Report of the King Institute of Preventive Medicine, Guindy
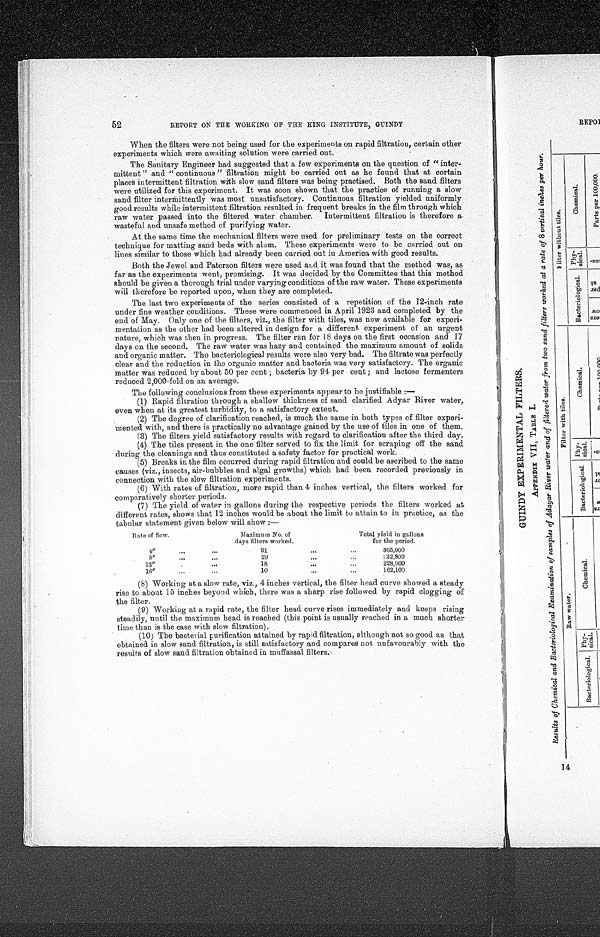
52
REPORT ON TEE WORKING OF THE KING INSTITUTE, GUINDY
When the filters were not being used for the experiments on rapid filtration, certain other
experiments which were awaiting solution were carried out.
The Sanitary Engineer had suggested that a few experiments on the question of "inter-
mittent " and " continuous " filtration might be carried out as he found that at certain
places intermittent filtration with slow sand filters was being practised. Both the sand filters
were utilized for this experiment. It was soon shown that the practice of running a slow
sand filter intermittently was most unsatisfactory. Continuous filtration yielded uniformly
good results while intermittent filtration resulted in frequent breaks in the film through which
raw water passed into the filtered water chamber. Intermittent filtration is therefore a
wasteful and unsafe method of purifying water.
At the same time the mechanical filters were used for preliminary tests on the correct
technique for matting sand beds with alum. These experiments were to be carried out on
lines similar to those which had already been carried out in America with good results.
Both the Jewel and Paterson filters were used and it was found that the method was, as
far as the experiments went, promising. It was decided by the Committee that this method
should be given a thorough trial under varying conditions of the raw water. These experiments
will therefore be reported upon, when they are completed.
The last two experiments of the series consisted of a repetition of the 12-inch rate
under fine weather conditions. These were commenced in April 1923 and completed by the
end of May. Only one of the filters, viz., the filter with tiles, was now available for experi-
mentation as the other had been altered in design for a different experiment of an urgent
nature, which was then in progress. The filter ran for 18 days on the first occasion and 17
days on the second. The raw water was hazy and contained the maximum amount of solids
and organic matter. Tho bacteriological results were also very bad. The filtrate was perfectly
clear and the reduction in the organic matter and bacteria was very satisfactory. The organic
matter was reduced by about 50 per cent ; bacteria by 94 per cent ; and lactose fermenters
reduced 2,000-fold on an average.
The following conclusions from these experiments appear to be justifiable :—
(1) Rapid filtration through a shallow thickness of sand clarified Adyar River water,
even when at its greatest turbidity, to a satisfactory extent.
(2) The degree of clarification reached, is much the same in both types of filter experi-
mented with, and there is practically no advantage gained by the use of tiles in one of them.
(3) The filters yield satisfactory results with regard to clarification after the third day.
(4) The tiles present in the one filter served to fix the limit for scraping off the sand
during the cleanings and thus constituted a safety factor for practical work.
(5) Breaks in the film occurred during rapid filtration and could be ascribed to the same
causes (viz., insects, air-bubbles and algal growths) which had been recorded previously in
connection with the slow filtration experiments.
(6) With rates of filtration, more rapid than 4 inches vertical, the filters worked for
comparatively shorter periods.
(7) The yield of water in gallons during the respective periods the filters worked at
different rates, shows that 12 inches would be about the limit to attain to in practice, as the
tabular statement given below will show :—
Rate of flow.
Maximum No. of
days filters worked.
Total yield in gallons
for the period.
4"
n se
..
91
•••
...
365,000
8"
... 6.0
29
..
...
232,800
12"
6
18
•••
...
228,000
16"
...
..
10
...
...
162,100
(8) Working at a slow rate, viz., 4 inches vertical, the filter head curve showed a steady
rise to about 15 inches beyond which, there was a sharp rise followed by rapid clogging of
the filter.
(9) Working at a rapid rate, the filter head curve rises immediately and keeps rising
steadily, until the maximum head is reached (this point is usually reached in a much shorter
time than is the case with slow filtration).
(10) The bacterial purification attained by rapid filtration, although not so good as that
obtained in slow sand filtration, is still satisfactory and compares not unfavourably with the
results of slow sand filtration obtained in muffassal filters.